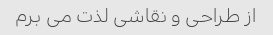
از طراحی و نقاشی لذت می برم